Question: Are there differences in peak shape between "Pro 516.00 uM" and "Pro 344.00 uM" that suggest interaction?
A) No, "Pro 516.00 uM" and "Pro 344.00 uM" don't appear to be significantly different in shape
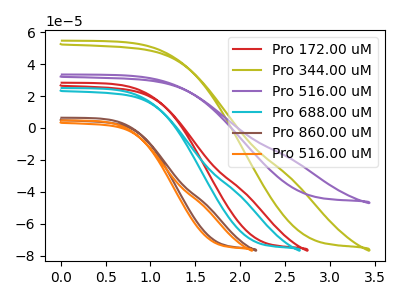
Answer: <think>The red curve "Pro 172.00 uM" has no peaks. The olive curve "Pro 344.00 uM" has no peaks. The purple curve "Pro 516.00 uM" has no peaks. The cyan curve "Pro 688.00 uM" has no peaks. The brown curve "Pro 860.00 uM" has no peaks. The orange curve "Pro 516.00 uM" has no peaks.
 Neither "Pro 516.00 uM" or "Pro 344.00 uM" have any peaks.</think>
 <answer>A) No, "Pro 516.00 uM" and "Pro 344.00 uM" don't appear to be significantly different in shape</answer>
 <eval>A</eval>